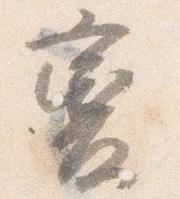
変